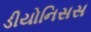
ડીયોનિસસ